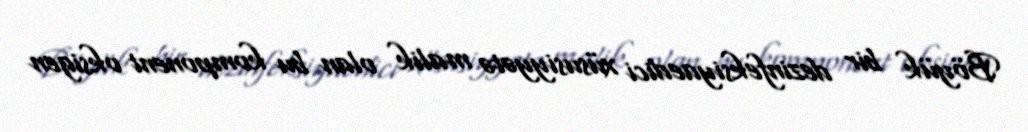
Böyük bir dezinfeksiyaedici xüsusiyyətə malik olan bu komponent oksigen